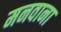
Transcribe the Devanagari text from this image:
मनवाना